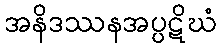
အနိဒဿနအပ္ပဋိဃံ